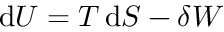
\mathrm { d } U = T \, \mathrm { d } S - \delta W